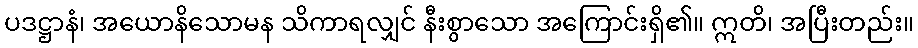
ပဒဋ္ဌာနံ၊ အယောနိသောမန သိကာရလျှင် နီးစွာသော အကြောင်းရှိ၏။ ဣတိ၊ အပြီးတည်း။